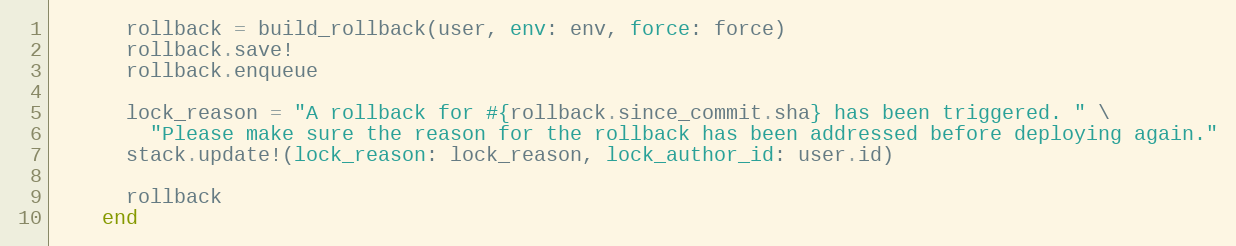
Language: Ruby
      rollback = build_rollback(user, env: env, force: force)
      rollback.save!
      rollback.enqueue

      lock_reason = "A rollback for #{rollback.since_commit.sha} has been triggered. " \
        "Please make sure the reason for the rollback has been addressed before deploying again."
      stack.update!(lock_reason: lock_reason, lock_author_id: user.id)

      rollback
    end